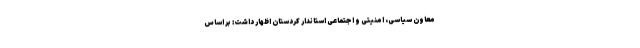
معاون سیاسی، امنیتی و اجتماعی استاندار کردستان اظهار داشت: بر اساس